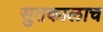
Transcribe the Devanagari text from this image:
सुतकालाच